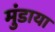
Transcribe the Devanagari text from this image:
मुंडाया